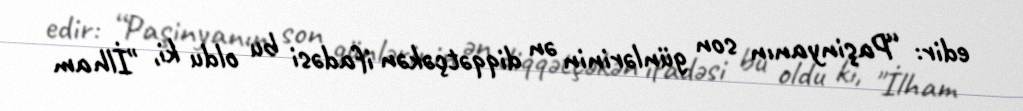
edir: “Paşinyanın son günlərinin ən diqqətçəkən ifadəsi bu oldu ki, "İlham